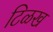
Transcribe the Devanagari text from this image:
टिळख